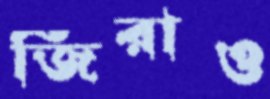
জিরাও